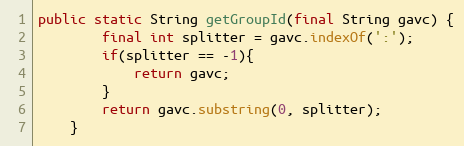
Language: Java
public static String getGroupId(final String gavc) {
        final int splitter = gavc.indexOf(':');
        if(splitter == -1){
            return gavc;
        }
        return gavc.substring(0, splitter);
    }